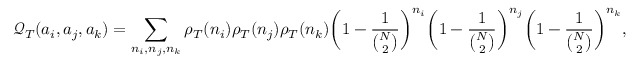
\mathcal { Q } _ { T } ( a _ { i } , a _ { j } , a _ { k } ) = \sum _ { n _ { i } , n _ { j } , n _ { k } } \rho _ { T } ( n _ { i } ) \rho _ { T } ( n _ { j } ) \rho _ { T } ( n _ { k } ) \bigg ( 1 - \frac { 1 } { { \binom { N } { 2 } } } \bigg ) ^ { n _ { i } } \bigg ( 1 - \frac { 1 } { { \binom { N } { 2 } } } \bigg ) ^ { n _ { j } } \bigg ( 1 - \frac { 1 } { { \binom { N } { 2 } } } \bigg ) ^ { n _ { k } } ,